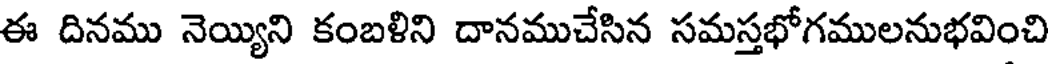
ఈ దినము నెయ్యిని కంబళిని దానముచేసిన సమస్తభోగములనుభవించి